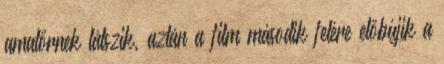
amatőrnek látszik, aztán a film második felére előbújik a